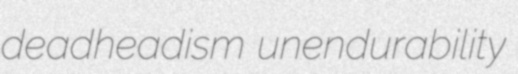
deadheadism unendurability